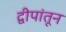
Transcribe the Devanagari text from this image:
द्वीपांतून